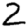
Digit: 2